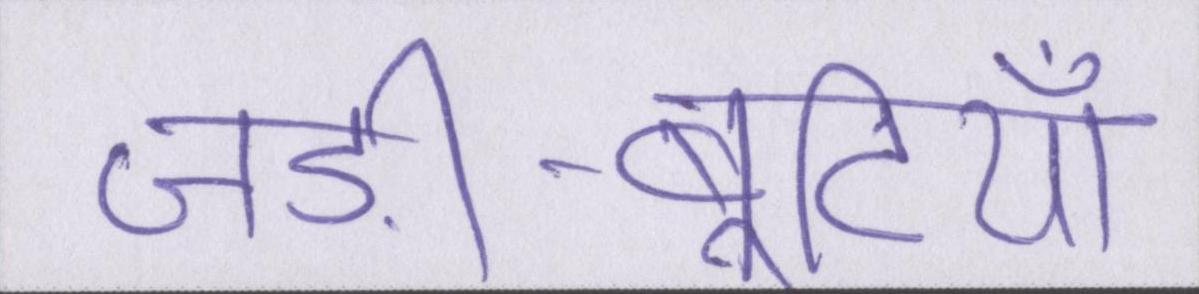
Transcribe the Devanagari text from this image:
जड़ी-बूटियाँ